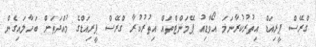
ގްރޭސް ޕީރިއަޑް އިތުރުކުރާނަމަ އޯވާޑިއު ޕޭމަންޓްތައް އިތުރުކުރާ ގްރޭސް ޕީރިއަޑްގެ މުއްދަތަށް ބަހާލައިގެން